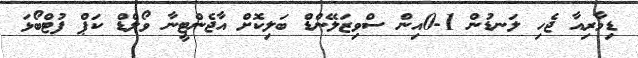
ޑިމާރިއާ ޖެހި ލަނޑުން 1-0އިން ސްވިޒަލޭންޑް ބަލިކޮށް އާޖެންޓީނާ ވޯލްޑް ކަޕް ފުޓްބޯޅަ